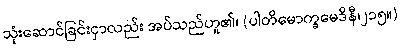
သုံးဆောင်ခြင်းငှာလည်း အပ်သည်ဟူ၏၊ (ပါတိမောက္ခမေဒိနီ၊၂၁၅။)